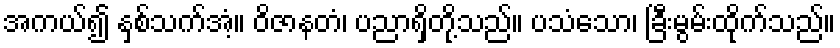
အကယ်၍ နှစ်သက်အံ့။ ဝိဇာနတံ၊ ပညာရှိတို့သည်။ ပသံသော၊ ခြီးမွမ်းထိုက်သည်။